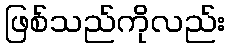
ဖြစ်သည်ကိုလည်း